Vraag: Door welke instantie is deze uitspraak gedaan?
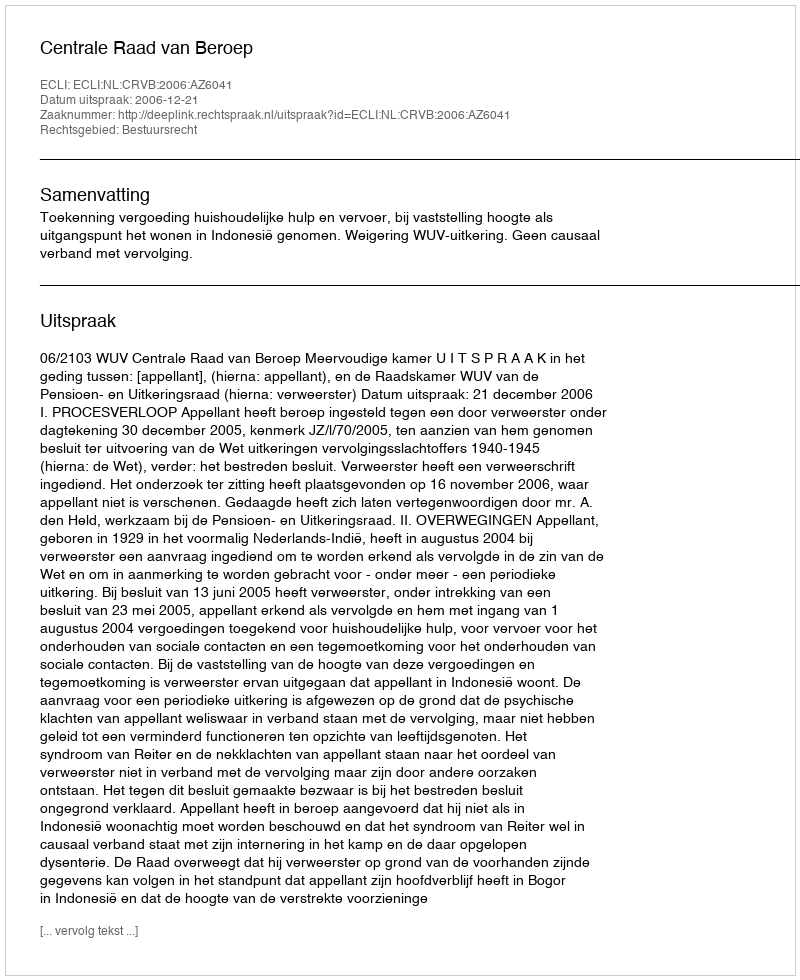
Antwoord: Centrale Raad van Beroep